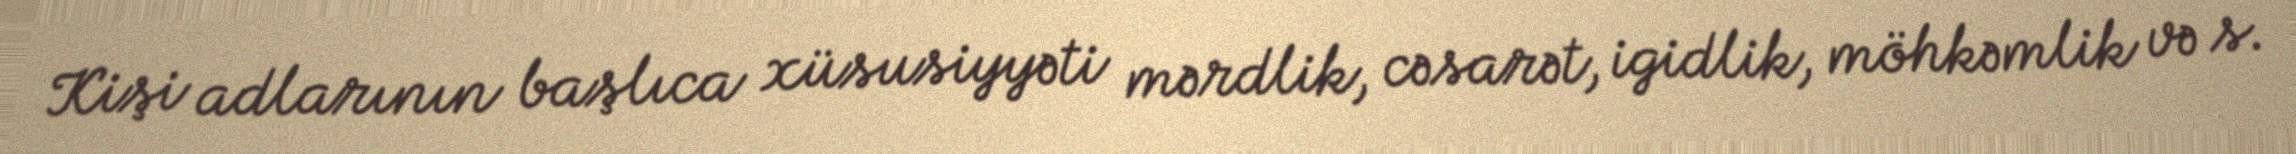
Kişi adlarının başlıca xüsusiyyəti mərdlik, cəsarət, igidlik, möhkəmlik və s.